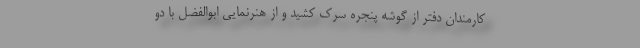
کارمندان دفتر از گوشه پنجره سرک کشید و از هنرنمایی ابوالفضل با دو